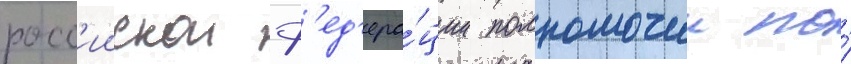
росс'иискои ф'ед'ера́ции полномочии по́